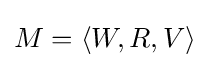
M=\langle W,R,V\rangle